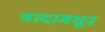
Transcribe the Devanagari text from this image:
वादामधून